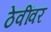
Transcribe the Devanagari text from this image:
ठेवींवर